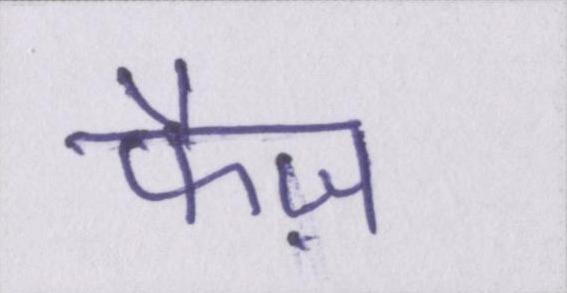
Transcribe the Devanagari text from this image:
फैज़